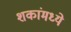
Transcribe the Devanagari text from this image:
शकांमध्ये